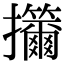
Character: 㩶